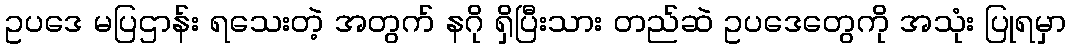
ဥပဒေ မပြဌာန်း ရသေးတဲ့ အတွက် နဂို ရှိပြီးသား တည်ဆဲ ဥပဒေတွေကို အသုံး ပြုရမှာ